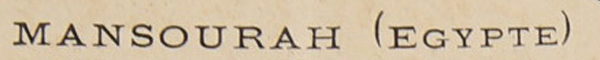
MANSOURAH (EGYPTE)